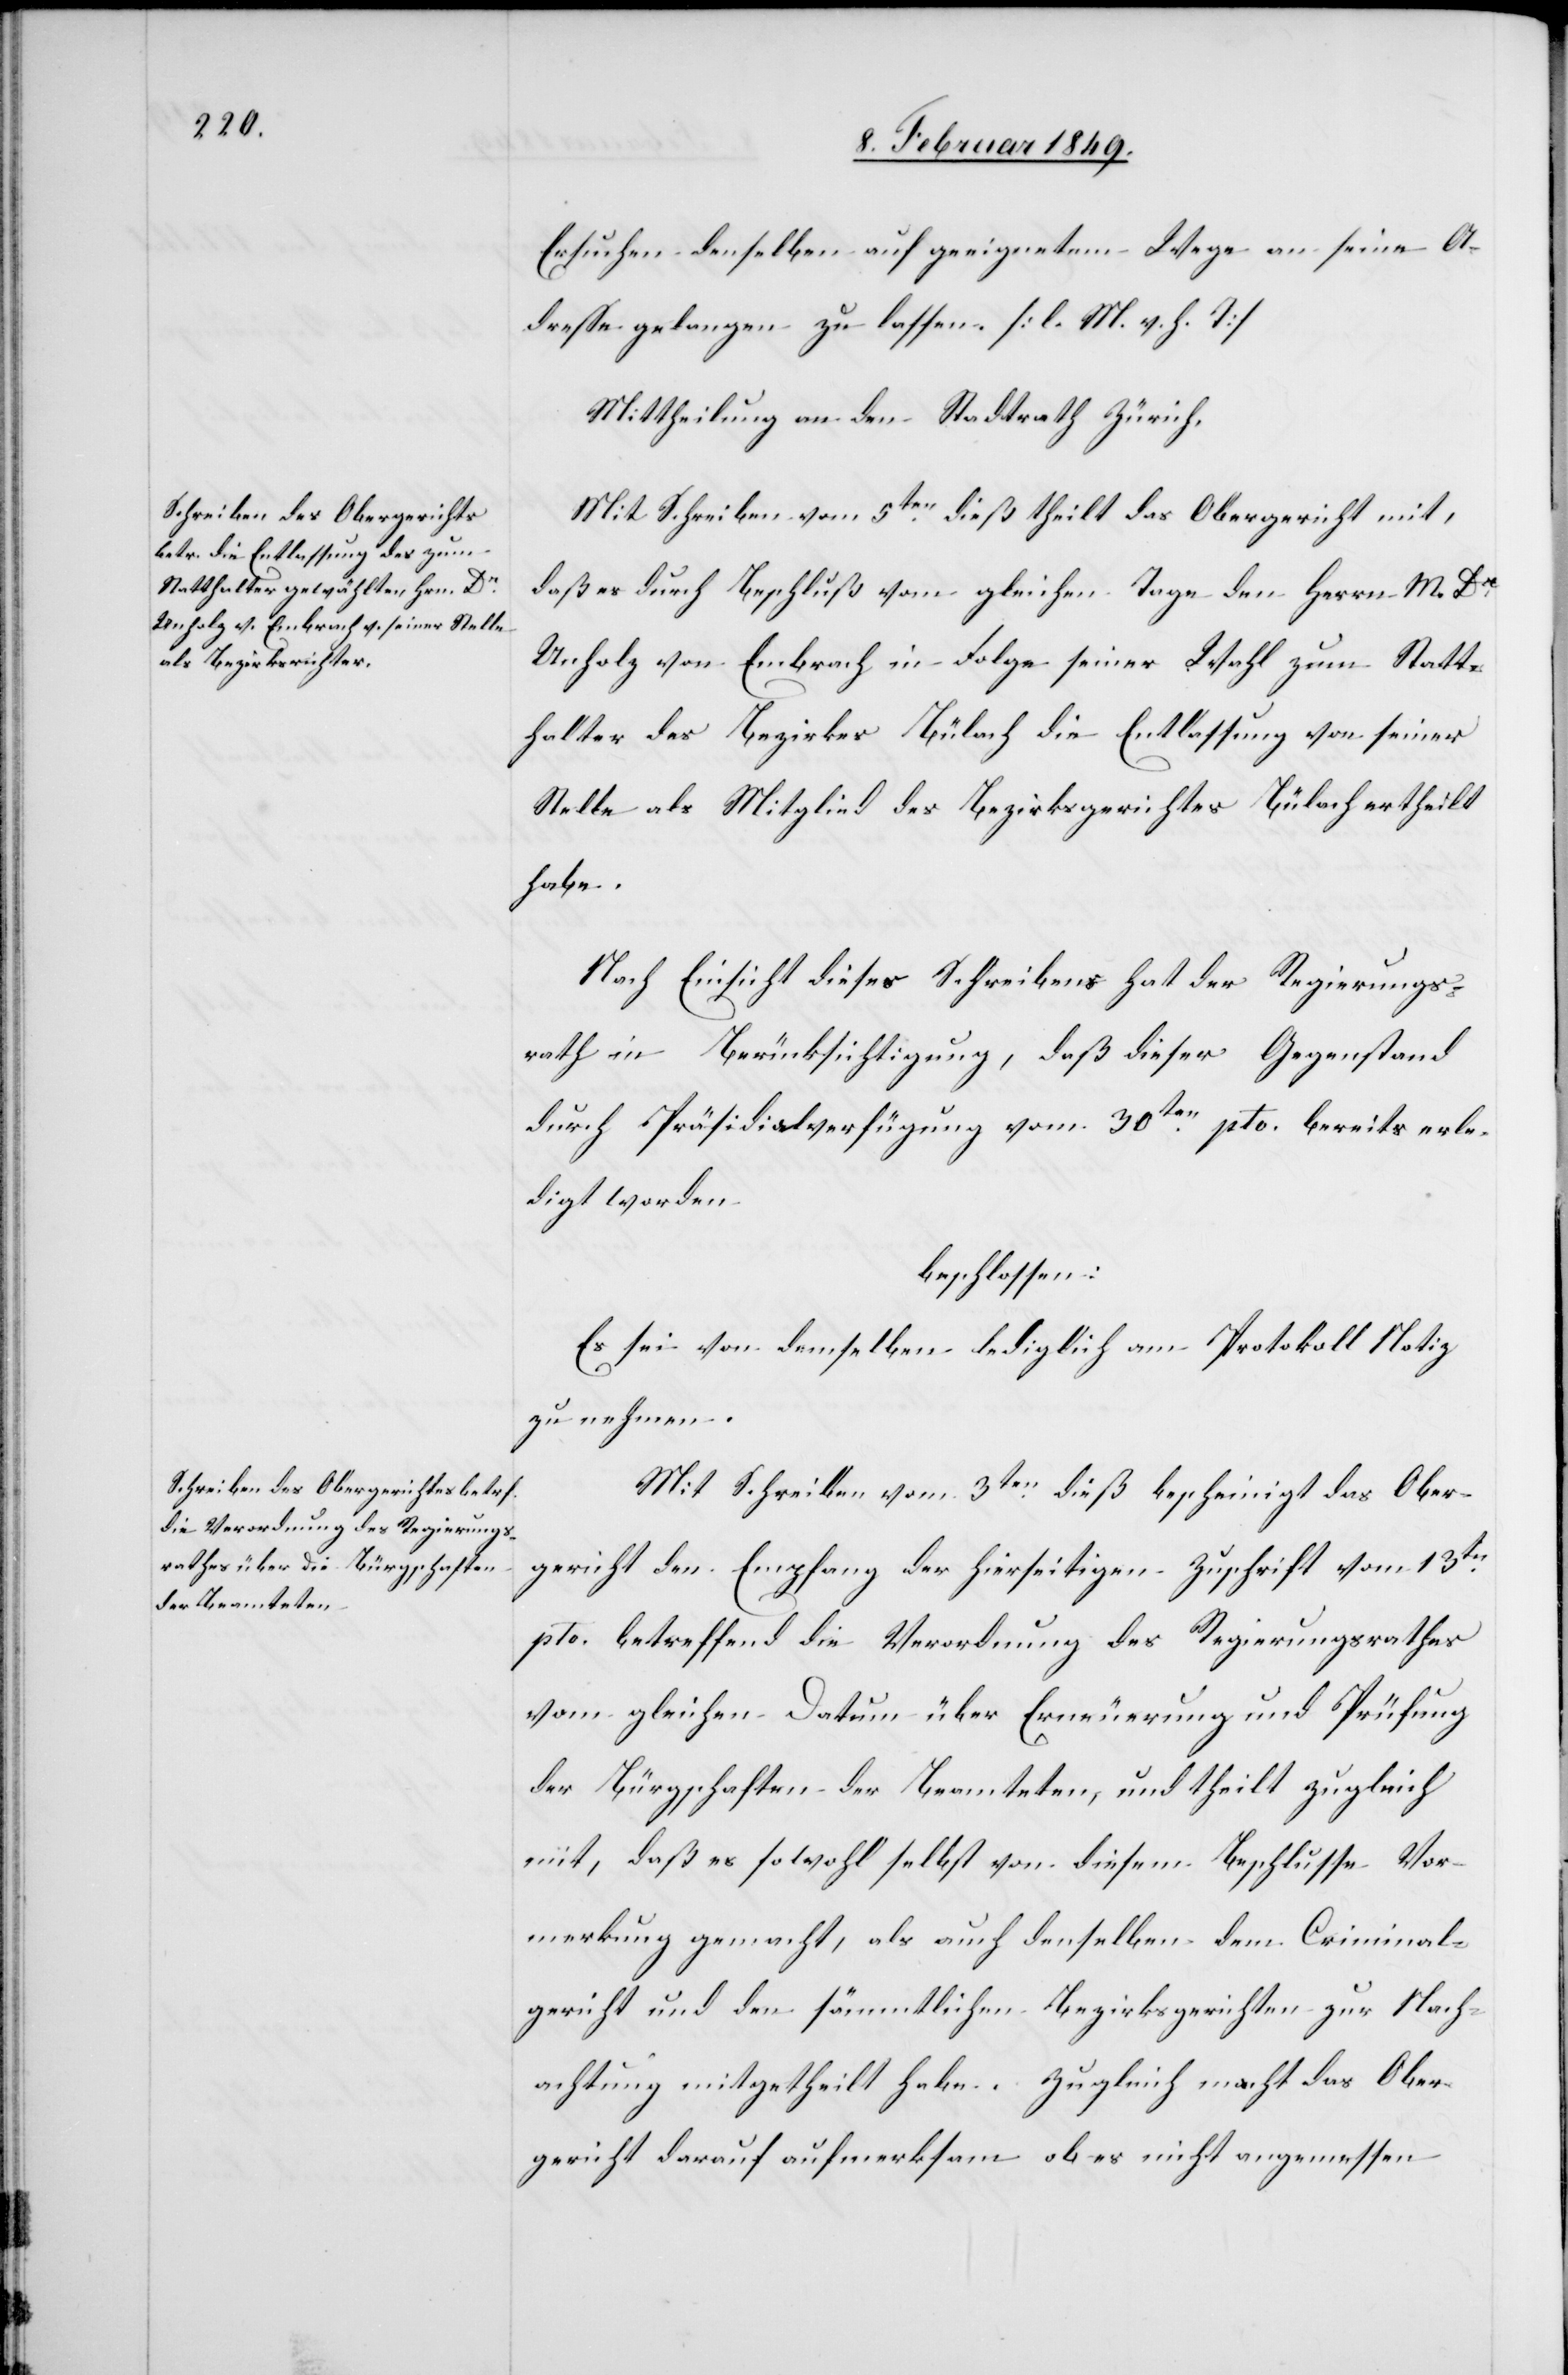
Ersuchen denselben auf geeignetem Wege an seine A¬
dresse gelangen zu lassen. [l. M. v. h. T]
Mittheilung an den Stadtrath Zürich.
Mit Schreiben vom 5ten. dieß theilt das Obergericht mit,
daß es durch Beschluß vom gleichen Tage den [sic!]
Unholz von Embrach in Folge seiner Wahl zum Statt¬
halter des Bezirkes Bülach die Entlassung von seiner
Stelle als Mitglied des Bezirksgerichtes Bülach ertheilt
habe.
Nach Einsicht dieses Schreibens hat der Regierungs¬
rath in Berücksichtigung, daß dieser Gegenstand
durch Präsidialverfügung vom 30ten. pto. bereits erle¬
digt worden
beschlossen:
Es sei von demselben lediglich am Protokoll Notiz
zu nehmen.
Mit Schreiben vom 3ten. dieß bescheinigt das Ober¬
gericht den Empfang der hierseitigen Zuschrift vom 13ten.
pto. betreffend die Verordnung des Regierungsrathes
vom gleichen Datum über Erneuerung und Prüfung
der Bürgschaften der Beamteten, und theilt zugleich
mit, daß es sowohl selbst von diesem Beschlusse Vor¬
merkung gemacht, als auch denselben dem Criminal¬
gericht und den sämmtlichen Bezirksgerichten zur Nach¬
achtung mitgetheilt habe. Zugleich macht das Ober¬
gericht darauf aufmerksam ob es nicht angemessen